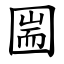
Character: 圌